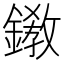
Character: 𨬊